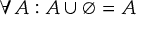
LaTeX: \forall A : A \cup \varnothing = A